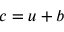
c = u + b